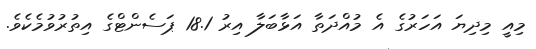
މިއީ މިދިޔަ އަހަރުގެ އެ މުއްދަތާ އަޅާބަލާ އިރު 18.1 ޕަސެންޓްގެ އިތުރުވުމެކެވެ.